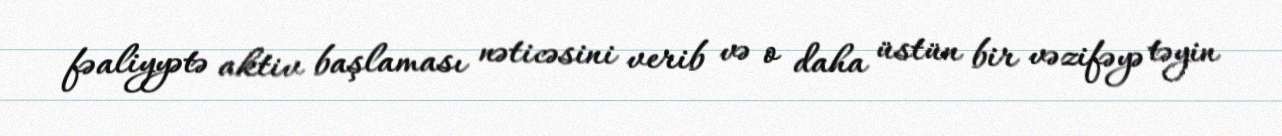
fəaliyyətə aktiv başlaması nəticəsini verib və o daha üstün bir vəzifəyə təyin